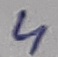
Text: 4